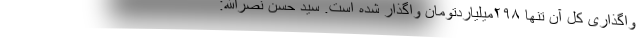
واگذاری کل آن تنها ۲۹۸میلیارد‌تومان واگذار شده است. سید حسن نصرالله: